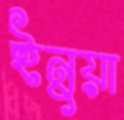
ইনুয়া